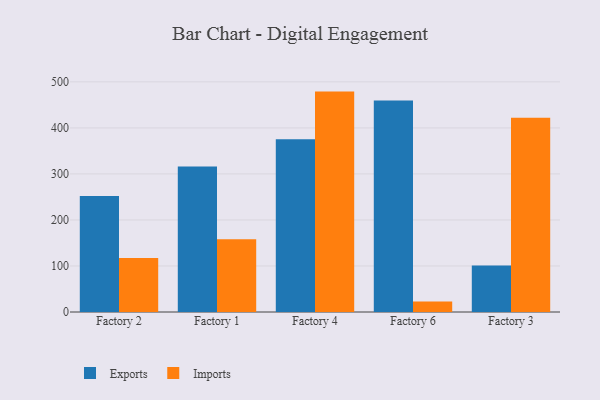
{"axis": {"x": "Factory", "y": "Waste Production (Tons)"}, "legend": ["Exports", "Imports"], "data": [{"x": "Factory 2", "y": 252.0, "type": "Exports"}, {"x": "Factory 2", "y": 117.2, "type": "Imports"}, {"x": "Factory 1", "y": 316.3, "type": "Exports"}, {"x": "Factory 1", "y": 157.9, "type": "Imports"}, {"x": "Factory 4", "y": 375.2, "type": "Exports"}, {"x": "Factory 4", "y": 478.9, "type": "Imports"}, {"x": "Factory 6", "y": 459.4, "type": "Exports"}, {"x": "Factory 6", "y": 23.0, "type": "Imports"}, {"x": "Factory 3", "y": 100.9, "type": "Exports"}, {"x": "Factory 3", "y": 422.1, "type": "Imports"}]}